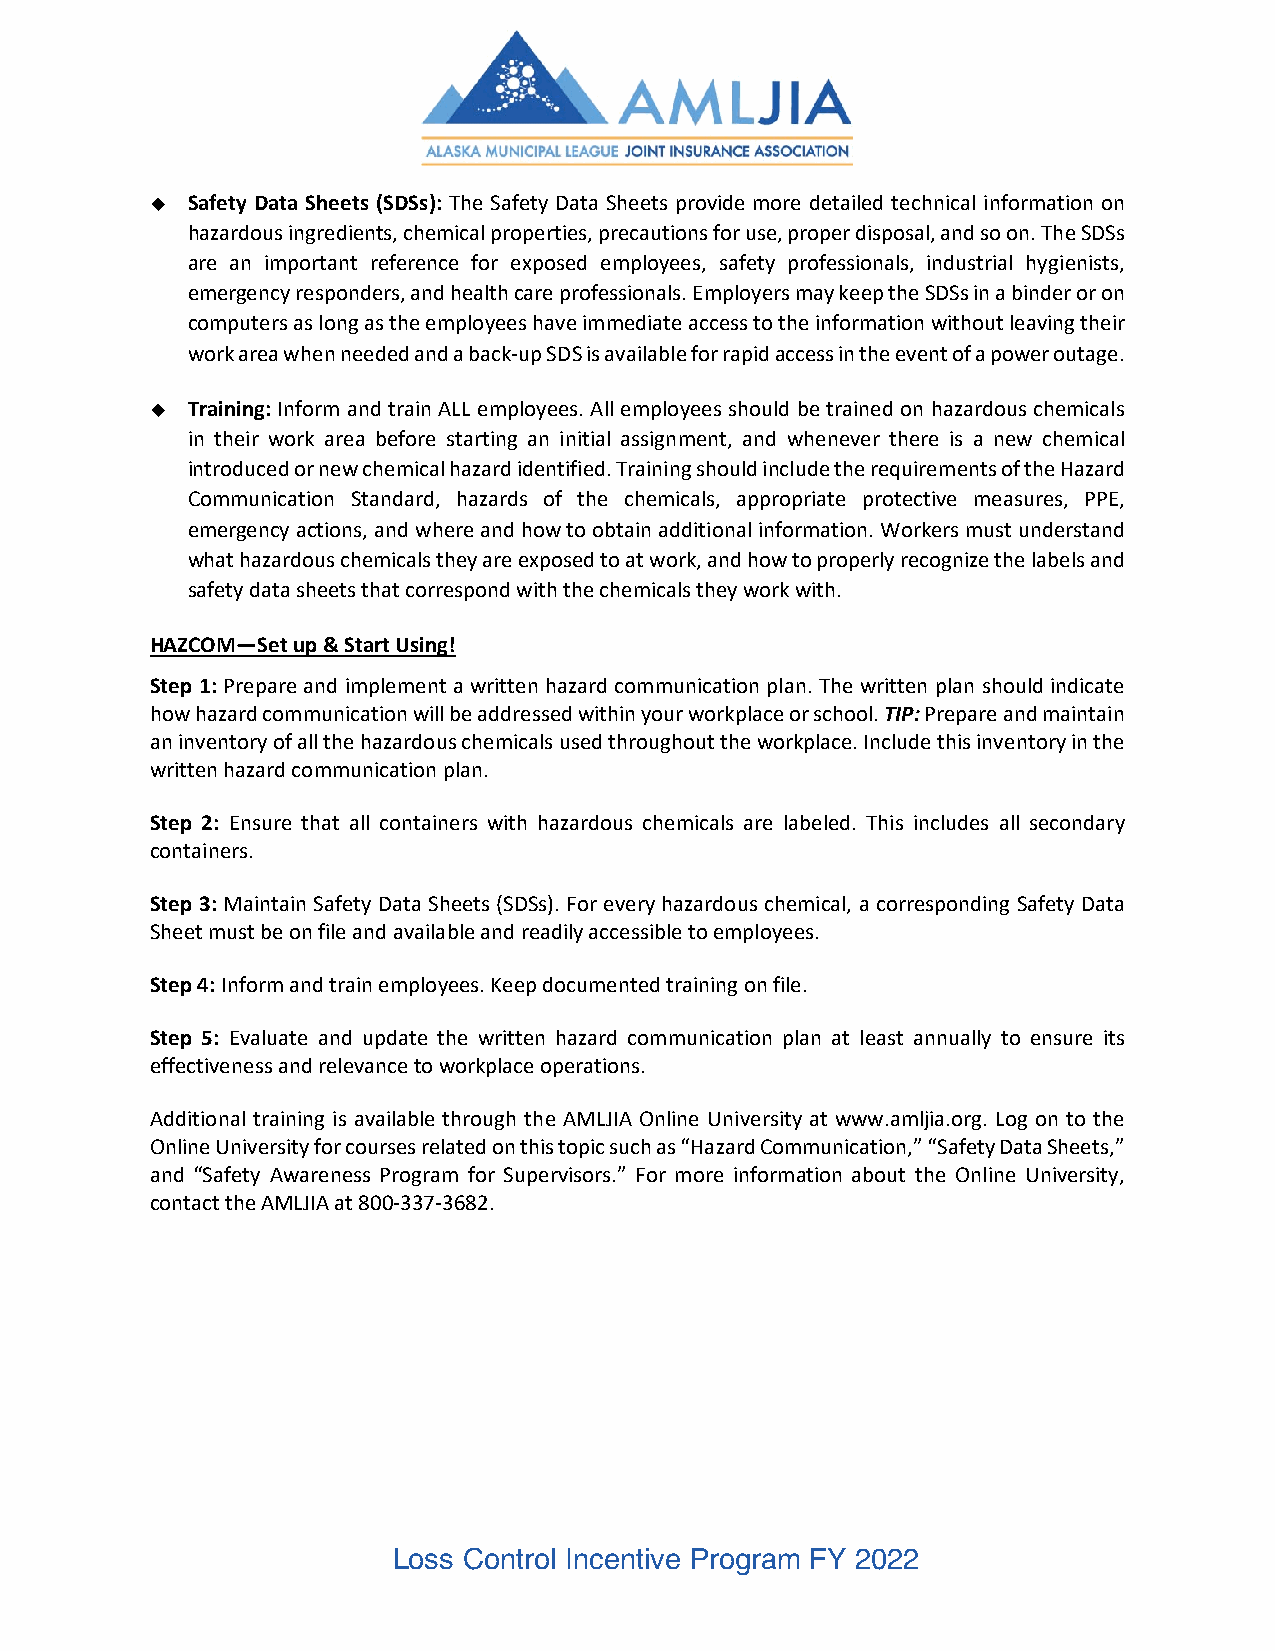
 Safety Data Sheets (SDSs): The Safety Data Sheets provide more detailed technical information on
 hazardous ingredients, chemical properties, precautions for use, proper disposal, and so on. The SDSs
 are an important reference for exposed employees, safety professionals, industrial hygienists,
 emergency responders, and health care professionals. Employers may keep the SDSs in a binder or on
 computers as long as the employees have immediate access to the information without leaving their
 work area when needed and a back‐up SDS is available for rapid access in the event of a power outage.
  Training: Inform and train ALL employees. All employees should be trained on hazardous chemicals
 in their work area before starting an initial assignment, and whenever there is a new chemical
 introduced or new chemical hazard identified. Training should include the requirements of the Hazard
 Communication Standard, hazards of the chemicals, appropriate protective measures, PPE,
 emergency actions, and where and how to obtain additional information. Workers must understand
 what hazardous chemicals they are exposed to at work, and how to properly recognize the labels and
 safety data sheets that correspond with the chemicals they work with.
 HAZCOM—Set up & Start Using!
 Step 1: Prepare and implement a written hazard communication plan. The written plan should indicate
 how hazard communication will be addressed within your workplace or school. TIP: Prepare and maintain
 an inventory of all the hazardous chemicals used throughout the workplace. Include this inventory in the
 written hazard communication plan.
 Step 2: Ensure that all containers with hazardous chemicals are labeled. This includes all secondary
 containers.
 Step 3: Maintain Safety Data Sheets (SDSs). For every hazardous chemical, a corresponding Safety Data
 Sheet must be on file and available and readily accessible to employees.
 Step 4: Inform and train employees. Keep documented training on file.
 Step 5: Evaluate and update the written hazard communication plan at least annually to ensure its
 effectiveness and relevance to workplace operations.
 Additional training is available through the AMLJIA Online University at www.amljia.org. Log on to the
 Online University for courses related on this topic such as “Hazard Communication,” “Safety Data Sheets,”
 and “Safety Awareness Program for Supervisors.” For more information about the Online University,
 contact the AMLJIA at 800‐337‐3682.
 Loss Control Incentive Program FY 2022